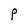
Character: P